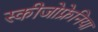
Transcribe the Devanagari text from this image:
स्कीजोफ्रेनिया